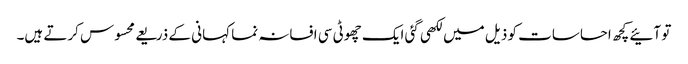
تو آئیے کچھ احساسات کو ذیل میں لکھی گئی ایک چھوٹی سی افسانہ نما کہانی کے ذریعے محسوس کرتے ہیں۔